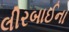
લીરબાઈના